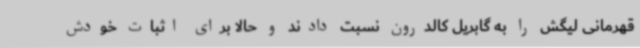
قهرمانی لیگش را به گابریل کالدرون نسبت دادند و حالا برای اثبات خودش